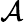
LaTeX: \mathcal{A}